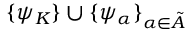
\{ \psi _ { K } \} \cup \{ \psi _ { \alpha } \} _ { \alpha \in \tilde { A } }